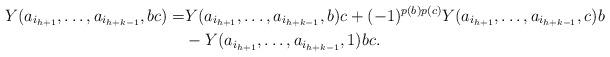
LaTeX: \begin{align*}Y(a_{i_{h+1}}, \dots , a_{i_{h+k-1}}, bc) =& Y(a_{i_{h+1}}, \dots , a_{i_{h+k-1}}, b)c + (-1)^{p(b)p(c)}Y(a_{i_{h+1}}, \dots , a_{i_{h+k-1}}, c)b\\ & - Y(a_{i_{h+1}}, \dots , a_{i_{h+k-1}}, 1)bc.\end{align*}